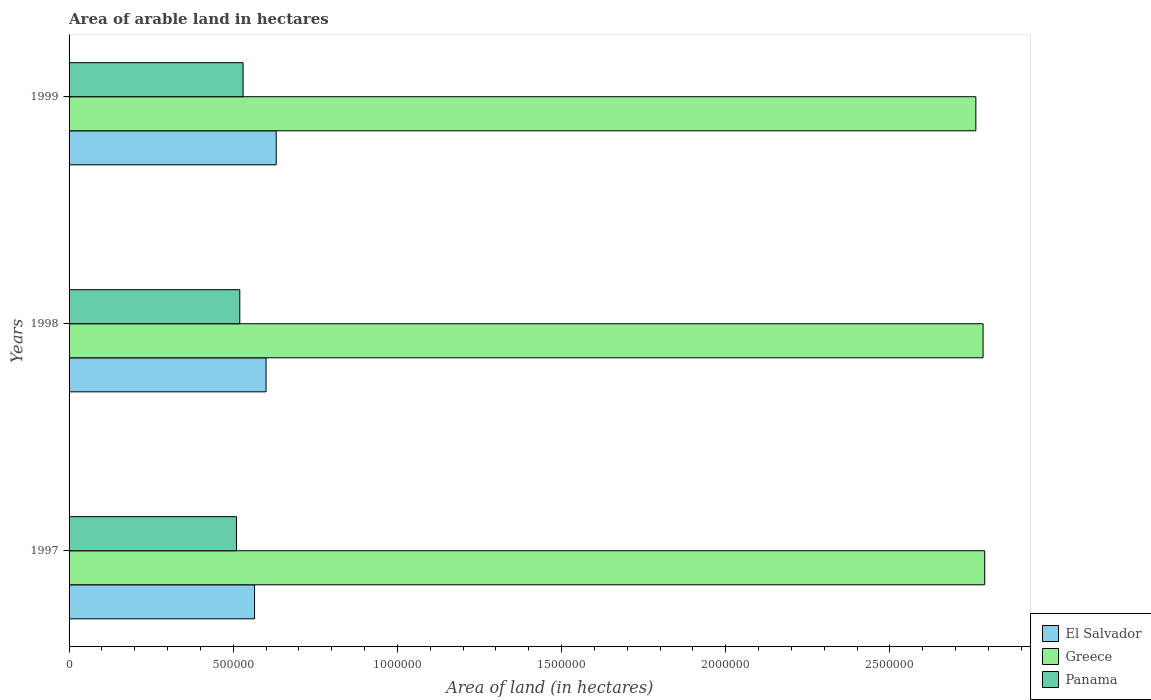
| Years | El Salvador | Greece | Panama |
 | --- | --- | --- | --- |
 | 1997 | 5.65e+05 | 2.79e+06 | 5.1e+05 |
 | 1998 | 6e+05 | 2.78e+06 | 5.2e+05 |
 | 1999 | 6.31e+05 | 2.76e+06 | 5.3e+05 |